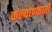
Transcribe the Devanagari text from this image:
कल्याण्कारी